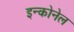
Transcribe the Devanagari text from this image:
इन्कोनेल